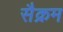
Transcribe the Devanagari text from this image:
सैक्रम